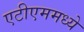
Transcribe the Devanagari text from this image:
एटीएममध्ये